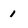
Character: 1